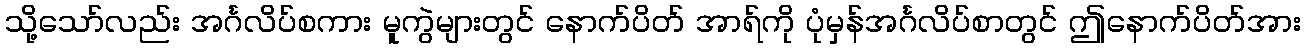
သို့သော်လည်း အင်္ဂလိပ်စကား မူကွဲများတွင် နောက်ပိတ် အာရ်ကို ပုံမှန်အင်္ဂလိပ်စာတွင် ဤနောက်ပိတ်အား